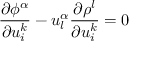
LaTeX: { \frac { \partial \phi ^ { \alpha } } { \partial u _ { i } ^ { k } } } - u _ { l } ^ { \alpha } { \frac { \partial \rho ^ { l } } { \partial u _ { i } ^ { k } } } = 0